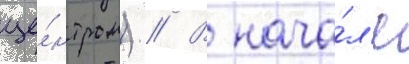
це́нтром) // В нача́л'е